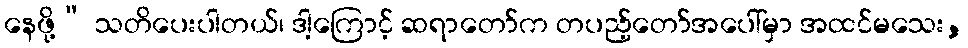
နေဖို့” သတိပေးပါတယ်၊ ဒါ့ကြောင့် ဆရာတော်က တပည့်တော်အပေါ်မှာ အထင်မသေး,